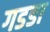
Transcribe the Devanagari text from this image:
गडडा